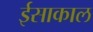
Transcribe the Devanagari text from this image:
ईसाकाल